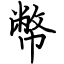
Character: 幣